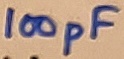
Text: 100pF